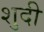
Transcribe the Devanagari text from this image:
शुदी